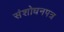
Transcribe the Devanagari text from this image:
संशोधनपत्र